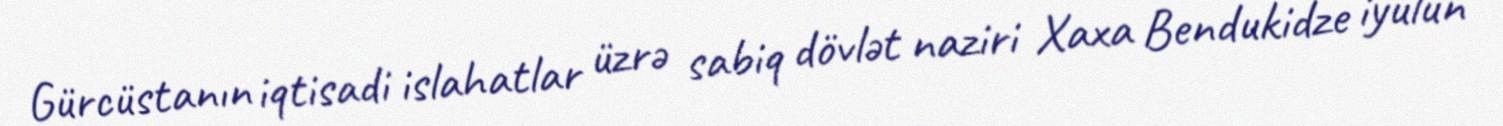
Gürcüstanın iqtisadi islahatlar üzrə sabiq dövlət naziri Xaxa Bendukidze iyulun